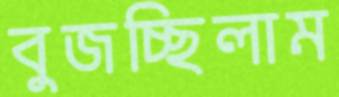
বুজচ্ছিলাম